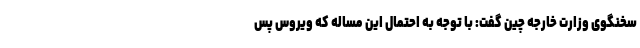
سخنگوی وزارت خارجه چین گفت: با توجه به احتمال این مساله که ویروس پس